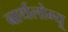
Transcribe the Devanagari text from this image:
बार्थलोम्यू